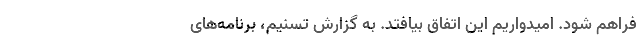
فراهم شود. امیدواریم این اتفاق بیافتد. به گزارش تسنیم، برنامه‌های